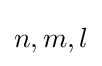
n,m,l